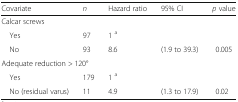
<table><thead><tr><td><b>Covariate</b></td><td><b><i>n</i></b></td><td><b>Hazard ratio</b></td><td><b>95% CI</b></td><td><b><i>p</i> value</b></td></tr></thead><tbody><tr><td colspan="5">Calcar screws</td></tr><tr><td> Yes</td><td>97</td><td>1 <sup>a</sup></td><td></td><td></td></tr><tr><td> No</td><td>93</td><td>8.6</td><td>(1.9 to 39.3)</td><td>0.005</td></tr><tr><td colspan="5">Adequate reduction &gt; 120°</td></tr><tr><td> Yes</td><td>179</td><td>1 <sup>a</sup></td><td></td><td></td></tr><tr><td> No (residual varus)</td><td>11</td><td>4.9</td><td>(1.3 to 17.9)</td><td>0.02</td></tr></tbody></table>